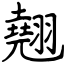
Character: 翹